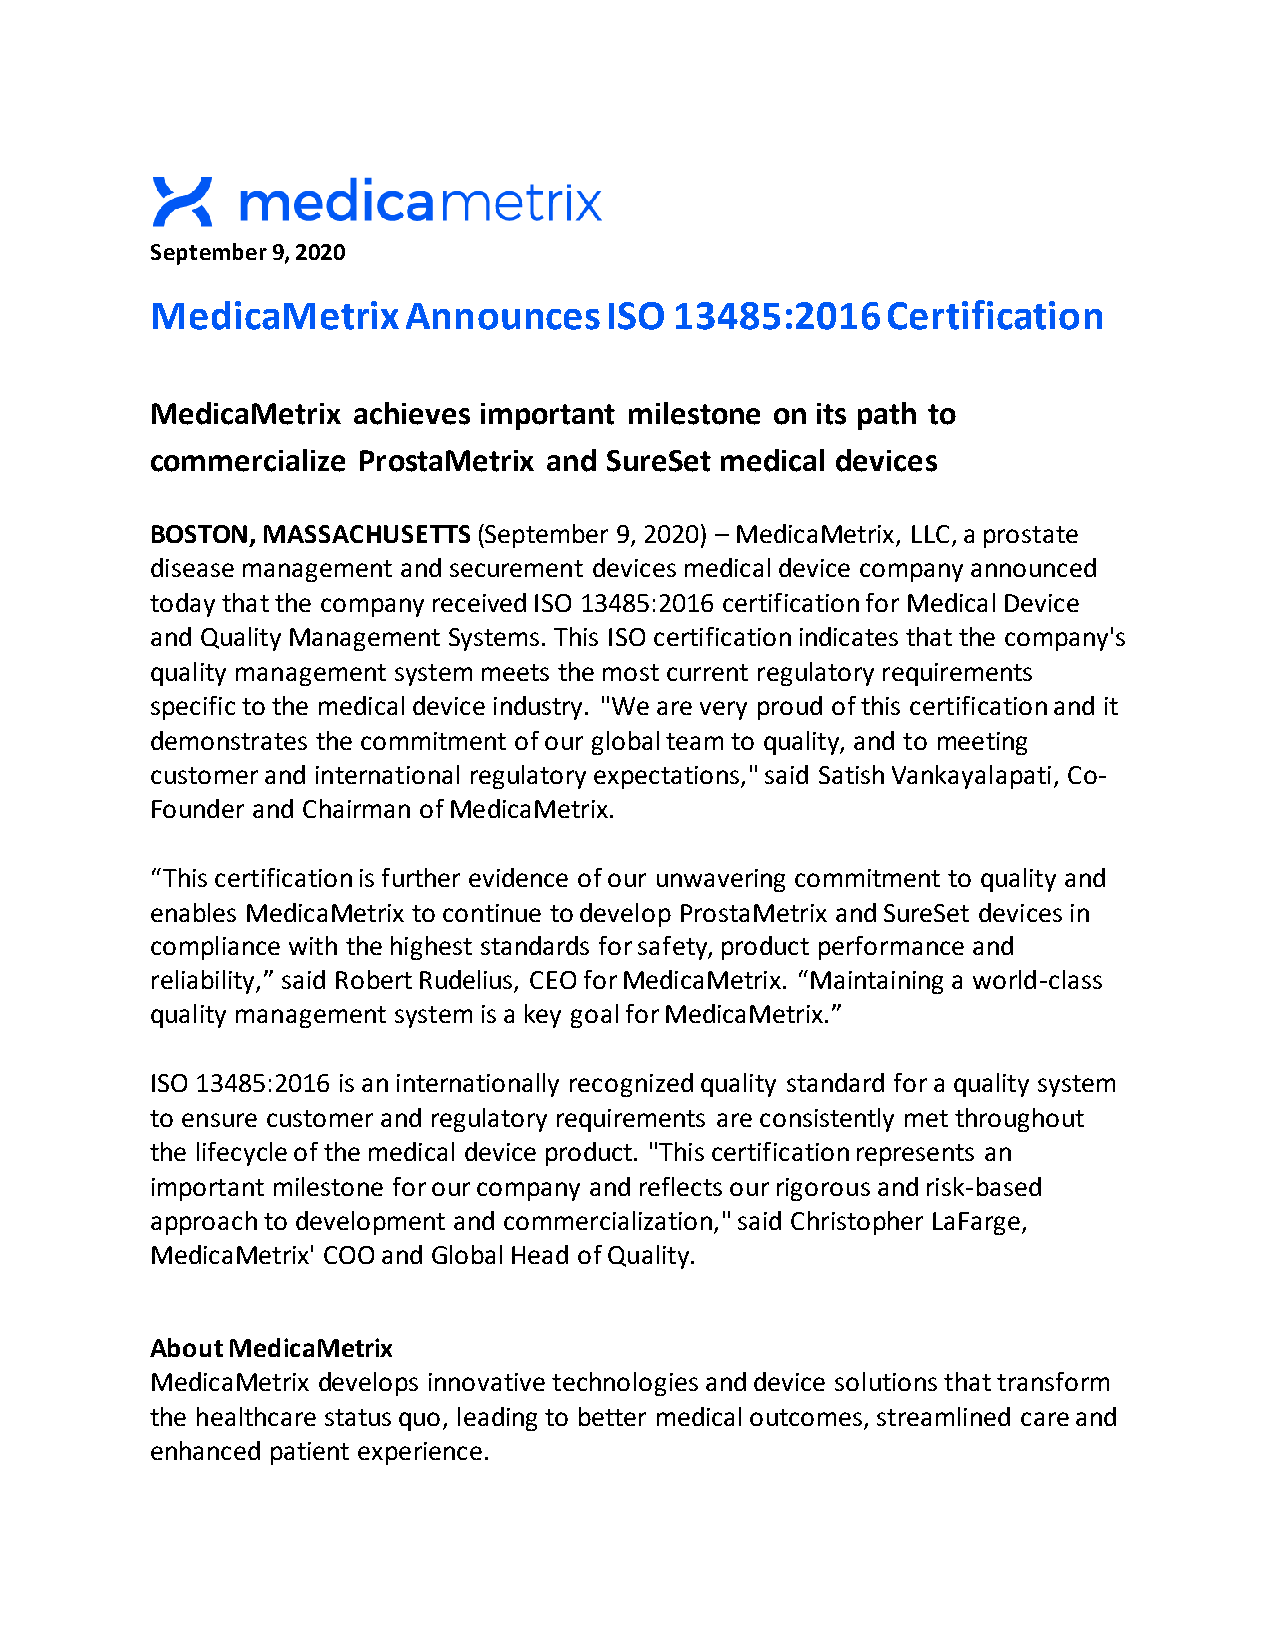
September 9, 2020
 MedicaMetrix     Announces    ISO  13485:2016    Certification
 MedicaMetrix achieves important milestone on its path to
 commercialize ProstaMetrix and SureSet medical devices
 BOSTON, MASSACHUSETTS (September 9, 2020) – MedicaMetrix, LLC, a prostate
 disease management and securement devices medical device company announced
 today that the company received ISO 13485:2016 certification for Medical Device
 and Quality Management Systems. This ISO certification indicates that the company's
 quality management system meets the most current regulatory requirements
 specific to the medical device industry. "We are very proud of this certification and it
 demonstrates the commitment of our global team to quality, and to meeting
 customer and international regulatory expectations," said Satish Vankayalapati, Co-
 Founder and Chairman of MedicaMetrix.
 “This certification is further evidence of our unwavering commitment to quality and
 enables MedicaMetrix to continue to develop ProstaMetrix and SureSet devices in
 compliance with the highest standards for safety, product performance and
 reliability,” said Robert Rudelius, CEO for MedicaMetrix. “Maintaining a world-class
 quality management system is a key goal for MedicaMetrix.”
 ISO 13485:2016 is an internationally recognized quality standard for a quality system
 to ensure customer and regulatory requirements are consistently met throughout
 the lifecycle of the medical device product. "This certification represents an
 important milestone for our company and reflects our rigorous and risk-based
 approach to development and commercialization," said Christopher LaFarge,
 MedicaMetrix' COO and Global Head of Quality.
 About MedicaMetrix
 MedicaMetrix develops innovative technologies and device solutions that transform
 the healthcare status quo, leading to better medical outcomes, streamlined care and
 enhanced patient experience.